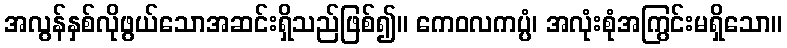
အလွန်နှစ်လိုဖွယ်သောအဆင်းရှိသည်ဖြစ်၍။ ကေဝလကပ္ပံ၊ အလုံးစုံအကြွင်းမရှိသော။